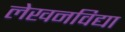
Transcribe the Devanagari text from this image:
लेखनविद्या